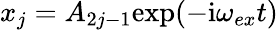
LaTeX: x_{j}=A_{2j-1}\mathrm{exp}(-\mathrm{i}\omega_{ex}t)